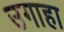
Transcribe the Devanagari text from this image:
उगाहा